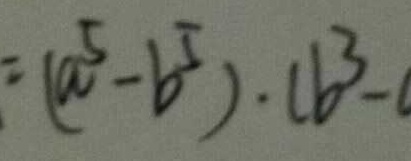
= ( a ^ { 5 } - b ^ { 5 } ) \cdot ( b ^ { 3 } -